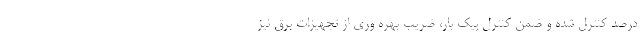
درصد کنترل شده و ضمن کنترل پیک بار، ضریب بهره وری از تجهیزات برق نیز